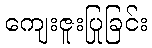
ကျေးဇူးပြုခြင်း